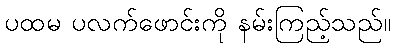
ပထမ ပလက်ဖောင်းကို နမ်းကြည့်သည်။